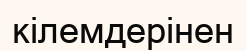
кілемдерінен